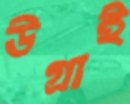
উগ্‌রাই